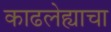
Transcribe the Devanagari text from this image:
काढलेह्याचा